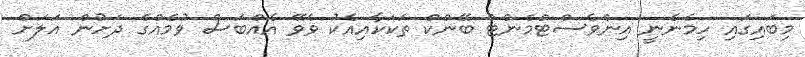
މިބައިގައި ހިމެނެނީ އިންވެސްޓްމެންޓް ބޭންކް ތަކަކާއިއެކު ވެވޭ އެއްބަސް ވުމެއްގެ ދަށުން އަލަށް